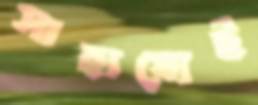
সাহায্যেই